Medical and sanitary report of the native army of Bengal for the year
Year: 1878
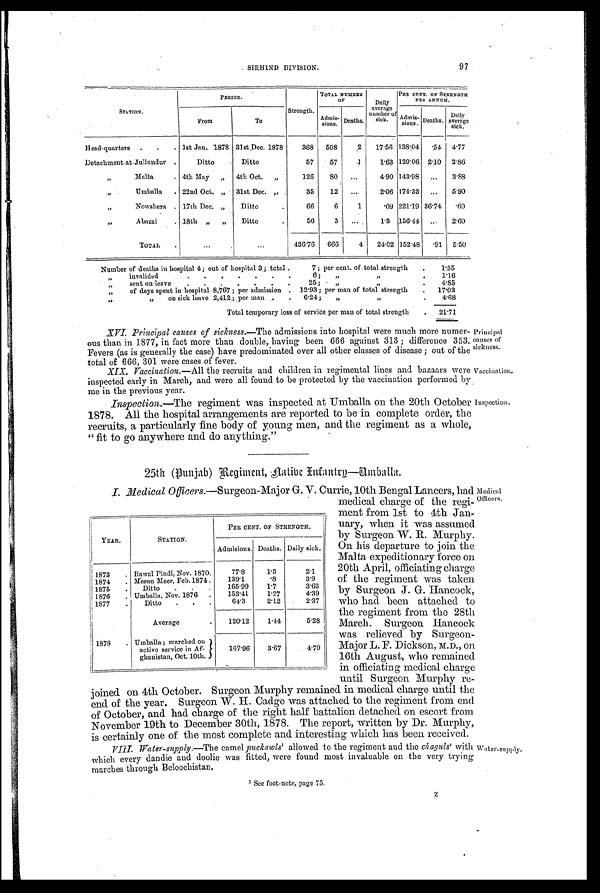
Principal
causes of
sickness.
Vaccination.
SIRHIND DIVISION.
97
STATION.
PERIOD.
Strength.
TOTAL NUMBER
OF
Daily
average
number o
f sick.
PER CENT. OF STRENGTH
PER ANNUM.
From
To
Admis-
s i o n s .
.
Deaths.
Admis - s i o n s . Deaths. Daily
average sick.
Head-quarters . . . 1st Jan. 1878 31st Dec. 1878
368 508
2 17.56 138.04
. 5 4 4.77
Detachment at.Jullundur
Ditto
Ditto
57 57
1 1.63 120.06 2.10 2.86
,,
Malta
. 4th May „ 4th Oct. „
126 80 ...
4.90 143.98
. . . 3.88
,,
Umballa . 22nd Oct. „ 31st Dec. ,, .
35
12 . . .
2.06 176.33 ... 5.90
,,
Nowshera . 17th Dec. „ Ditto
.
66
6
1
.09 221.19 36.74 .60
,,
Abazai
. 18th „ „ Ditto
.
50
3 ...
1.3 156.44 ... 2.60
TOTAL
...
...
436.76 666
4 24.02 152.48
. 9 1 5.50
Number of deaths in hospital 4; out of hospital 3 ; total .
7 ; per cent. of total strength .
1.35
„
invalided
6;
,, ,,
.
1.16
, , s e n t o n
l e a v e
25; „
,,
.
4 . 8 5
,,
of days spent in hospital 8,767 ; per admission . 12.93 ; per man of total strength . 1 7 . 0 3
,,
„ on sick leave 2,412 ; per man . . 6.24 ; „
.
4.68
Total temporary loss of service per man of total strength . 21.71
XVI. Principal causes of sickness. —The admissions into hospital were much more numer-
ous than in 1877, in fact more than double, having been 666 against 313 ; difference 353.
Fevers (as is generally the case) have predominated over all other classes of disease ; out of the
total of 666,301 were cases of fever.
XIX. Vaccination.—All the recruits and children in regimental lines and bazaars were
inspected early in March, and were all found to be protected the vaccination performed by
me in the previous year.
Inspection.—The regiment was inspected at Umballa on the 20th October
1878. All the hospital arrangements are reported to be in complete order, the
recruits, a particularly fine body of young men, and the regiment as a whole,
" fit to go anywhere and do anything."
Inspection.
25th (Punjab) Regiment,Native Infantry—Umballa.
I. Medical. Officers.—Surgeon-Major G. V. Currie, 10th Bengal Lancers, had
medical charge of the regi-
ment from 1st to 4th Jan-
uary, when it was assumed
by Surgeon W. R. Murphy.
On his departure to join the
Malta expeditionary force on
20th April officiating charge
of the regiment was taken
by Surgeon J. G. Hancock,
who had been attached to
the regiment from the 28th
March. Surgeon Hancock
was relieved by Surgeon-
Major L. F. Dickson, M.D., on
16th August, who remained
in officiating medical charge
until Surgeon Murphy re-
joined on 4th October. Surgeon Murphy remained in medical charge until the
end of the year. Surgeon W. H. Cadge was attached to the regiment from end
of October, and had charge of the right half battalion detached on escort from
November 19th to December 30th, 1878. The report, written by Dr. Murphy,
is certainly one of the most complete and interesting which has been received.
VIII. Water-supply.—The camel puckawls1 a l l o w e d t o t h e r e g i m e n t a n d t h ec
h a g u l s 1
w i t h
which every dandie and doolie was fitted, were found most invaluable on the very trying
marches through Beloochistan.
.1 See foot-note, page 75.
YEAR.
STATION.
PER CENT. OF STRENGTH.
Admisions. Deaths. Daily sick.
1873 . Rawal Pindi, Nov. 1870.
77. 8
1.3
2.1
1874 . Meean Meer, Feb. 1874 .
139.1
.8
3.9
1875 . Ditto . .
165.99
1.7
3.63
1876 . Umballa, Nov. 1876 .
153.41
1.27
4.39
1877 .
Ditto . . .
64. 3
2.12
2.37
Average
.
120.12
1.44
5.28
1878 . Umballa ; marched on
active service in Af-
ghauistan, Oct. 10th.
167.96
3.67
4.79
Medical
Officers.
water-supply.